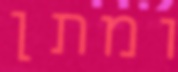
ומתן